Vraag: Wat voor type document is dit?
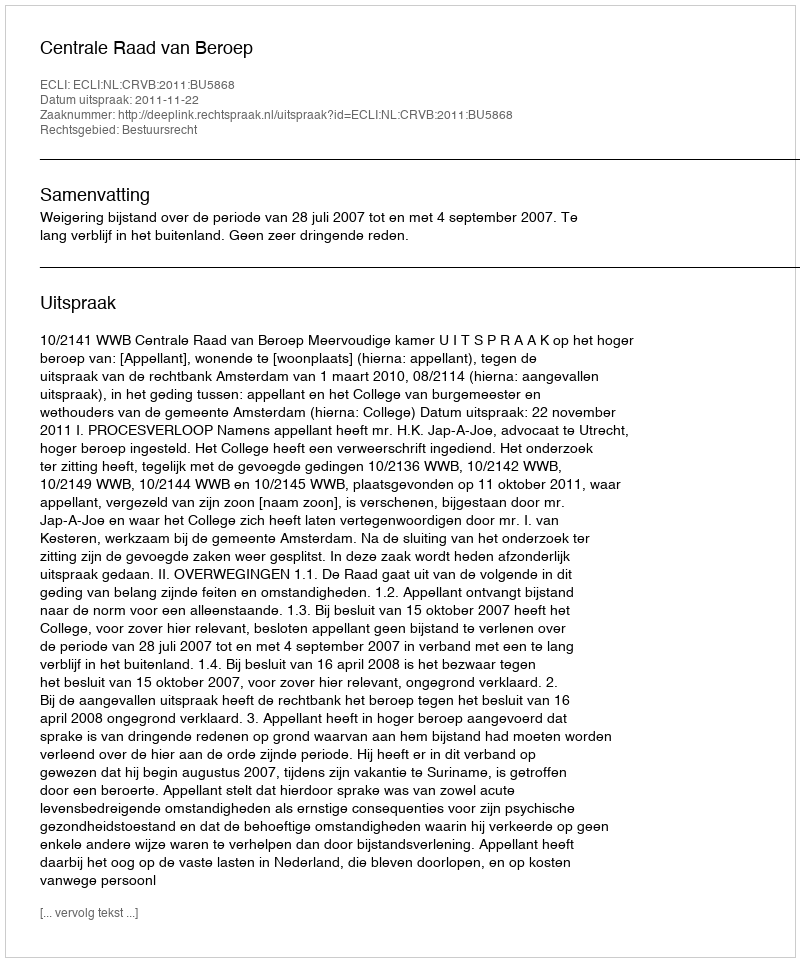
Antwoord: Uitspraak